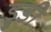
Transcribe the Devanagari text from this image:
ड्रूडी